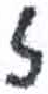
אות: ז